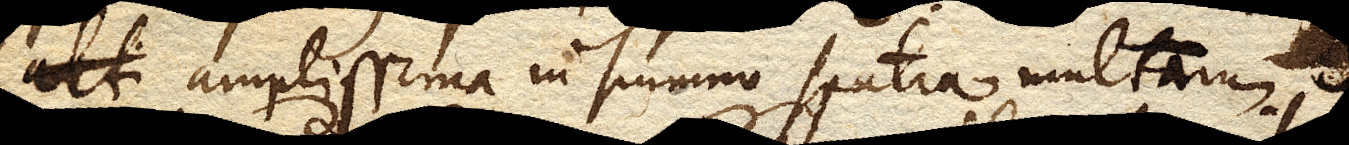
amplissima in summo spatia multarum